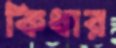
কিধার